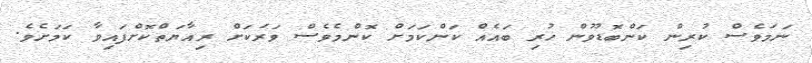
ނަމަވެސް ކުރިން ކަންބޮޑުވުން ހުރި ބައެއް ކަންކަމަށް ކޮންމެވެސް ވަރަކަށް ރިއާޔަތްކޮށްފައިވާ ކަމަށެވެ.